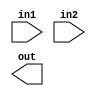
`timescale 1ns / 1ps
//////////////////////////////////////////////////////////////////////////////////
// Company: 
// Engineer: 
// 
// Design Name: 
// Module Name:    stallone 
// Project Name: 
// Target Devices: 
// Tool versions: 
// Description: 
//
// Dependencies: 
//
// Revision: 
// Revision 0.01 - File Created
// Additional Comments: 
//
//////////////////////////////////////////////////////////////////////////////////
module stallone(
    input [31:0] in1,
    input [31:0] in2,
    output [31:0] out
    );


endmodule